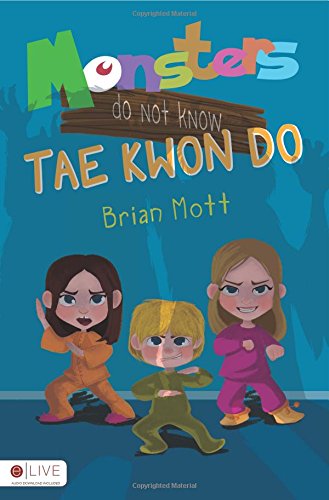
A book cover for Monsters Do Not Know Tae Kwon Do; Brian Mott; Children's Books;